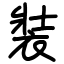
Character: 裝